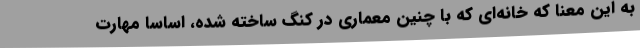
به این معنا که خانه‌ای که با چنین معماری در کنگ ساخته شده، اساسا مهارت